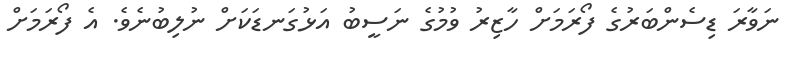
ނަވާރަ ޑިސެންބަރުގެ ފޯރަމަށް ހާޒިރު ވުމުގެ ނަސީބު އަޅުގަނޑަކަށް ނުލިބުނެވެ. އެ ފޯރަމަށް